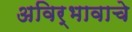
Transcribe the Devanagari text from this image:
अविर्भावाचे